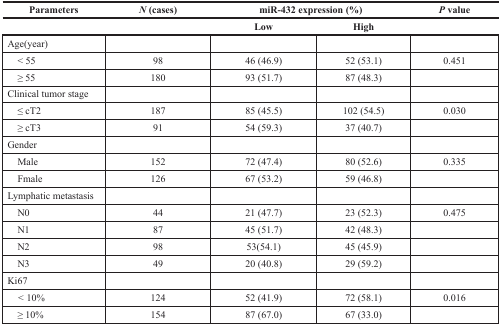
<table><thead><tr><td><b>Parameters</b></td><td><b><i>N</i> (cases)</b></td><td colspan="2"><b>miR-432 expression (%)</b></td><td><b><i>P</i> value</b></td></tr><tr><td></td><td></td><td><b>Low</b></td><td><b>High</b></td><td></td></tr></thead><tbody><tr><td>Age(year)</td><td></td><td></td><td></td><td></td></tr><tr><td> &lt; 55</td><td>98</td><td>46 (46.9)</td><td>52 (53.1)</td><td>0.451</td></tr><tr><td> ≥ 55</td><td>180</td><td>93 (51.7)</td><td>87 (48.3)</td><td></td></tr><tr><td>Clinical tumor stage</td><td></td><td></td><td></td><td></td></tr><tr><td> ≤ cT2</td><td>187</td><td>85 (45.5)</td><td>102 (54.5)</td><td>0.030</td></tr><tr><td> ≥ cT3</td><td>91</td><td>54 (59.3)</td><td>37 (40.7)</td><td></td></tr><tr><td>Gender</td><td></td><td></td><td></td><td></td></tr><tr><td> Male</td><td>152</td><td>72 (47.4)</td><td>80 (52.6)</td><td>0.335</td></tr><tr><td> Fmale</td><td>126</td><td>67 (53.2)</td><td>59 (46.8)</td><td></td></tr><tr><td>Lymphatic metastasis</td><td></td><td></td><td></td><td></td></tr><tr><td> N0</td><td>44</td><td>21 (47.7)</td><td>23 (52.3)</td><td>0.475</td></tr><tr><td> N1</td><td>87</td><td>45 (51.7)</td><td>42 (48.3)</td><td></td></tr><tr><td> N2</td><td>98</td><td>53(54.1)</td><td>45 (45.9)</td><td></td></tr><tr><td> N3</td><td>49</td><td>20 (40.8)</td><td>29 (59.2)</td><td></td></tr><tr><td>Ki67</td><td></td><td></td><td></td><td></td></tr><tr><td> &lt; 10%</td><td>124</td><td>52 (41.9)</td><td>72 (58.1)</td><td>0.016</td></tr><tr><td> ≥ 10%</td><td>154</td><td>87 (67.0)</td><td>67 (33.0)</td><td></td></tr></tbody></table>